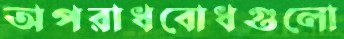
অপরাধবোধগুলো